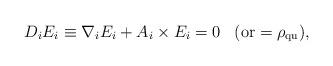
LaTeX: \begin{align*}D_i E_i \equiv \nabla_i E_i + A_i \times E_i = 0 \; \; \; {\rm (or} =\rho_{\rm qu} {\rm )},\end{align*}